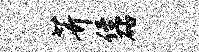
芥侄砧